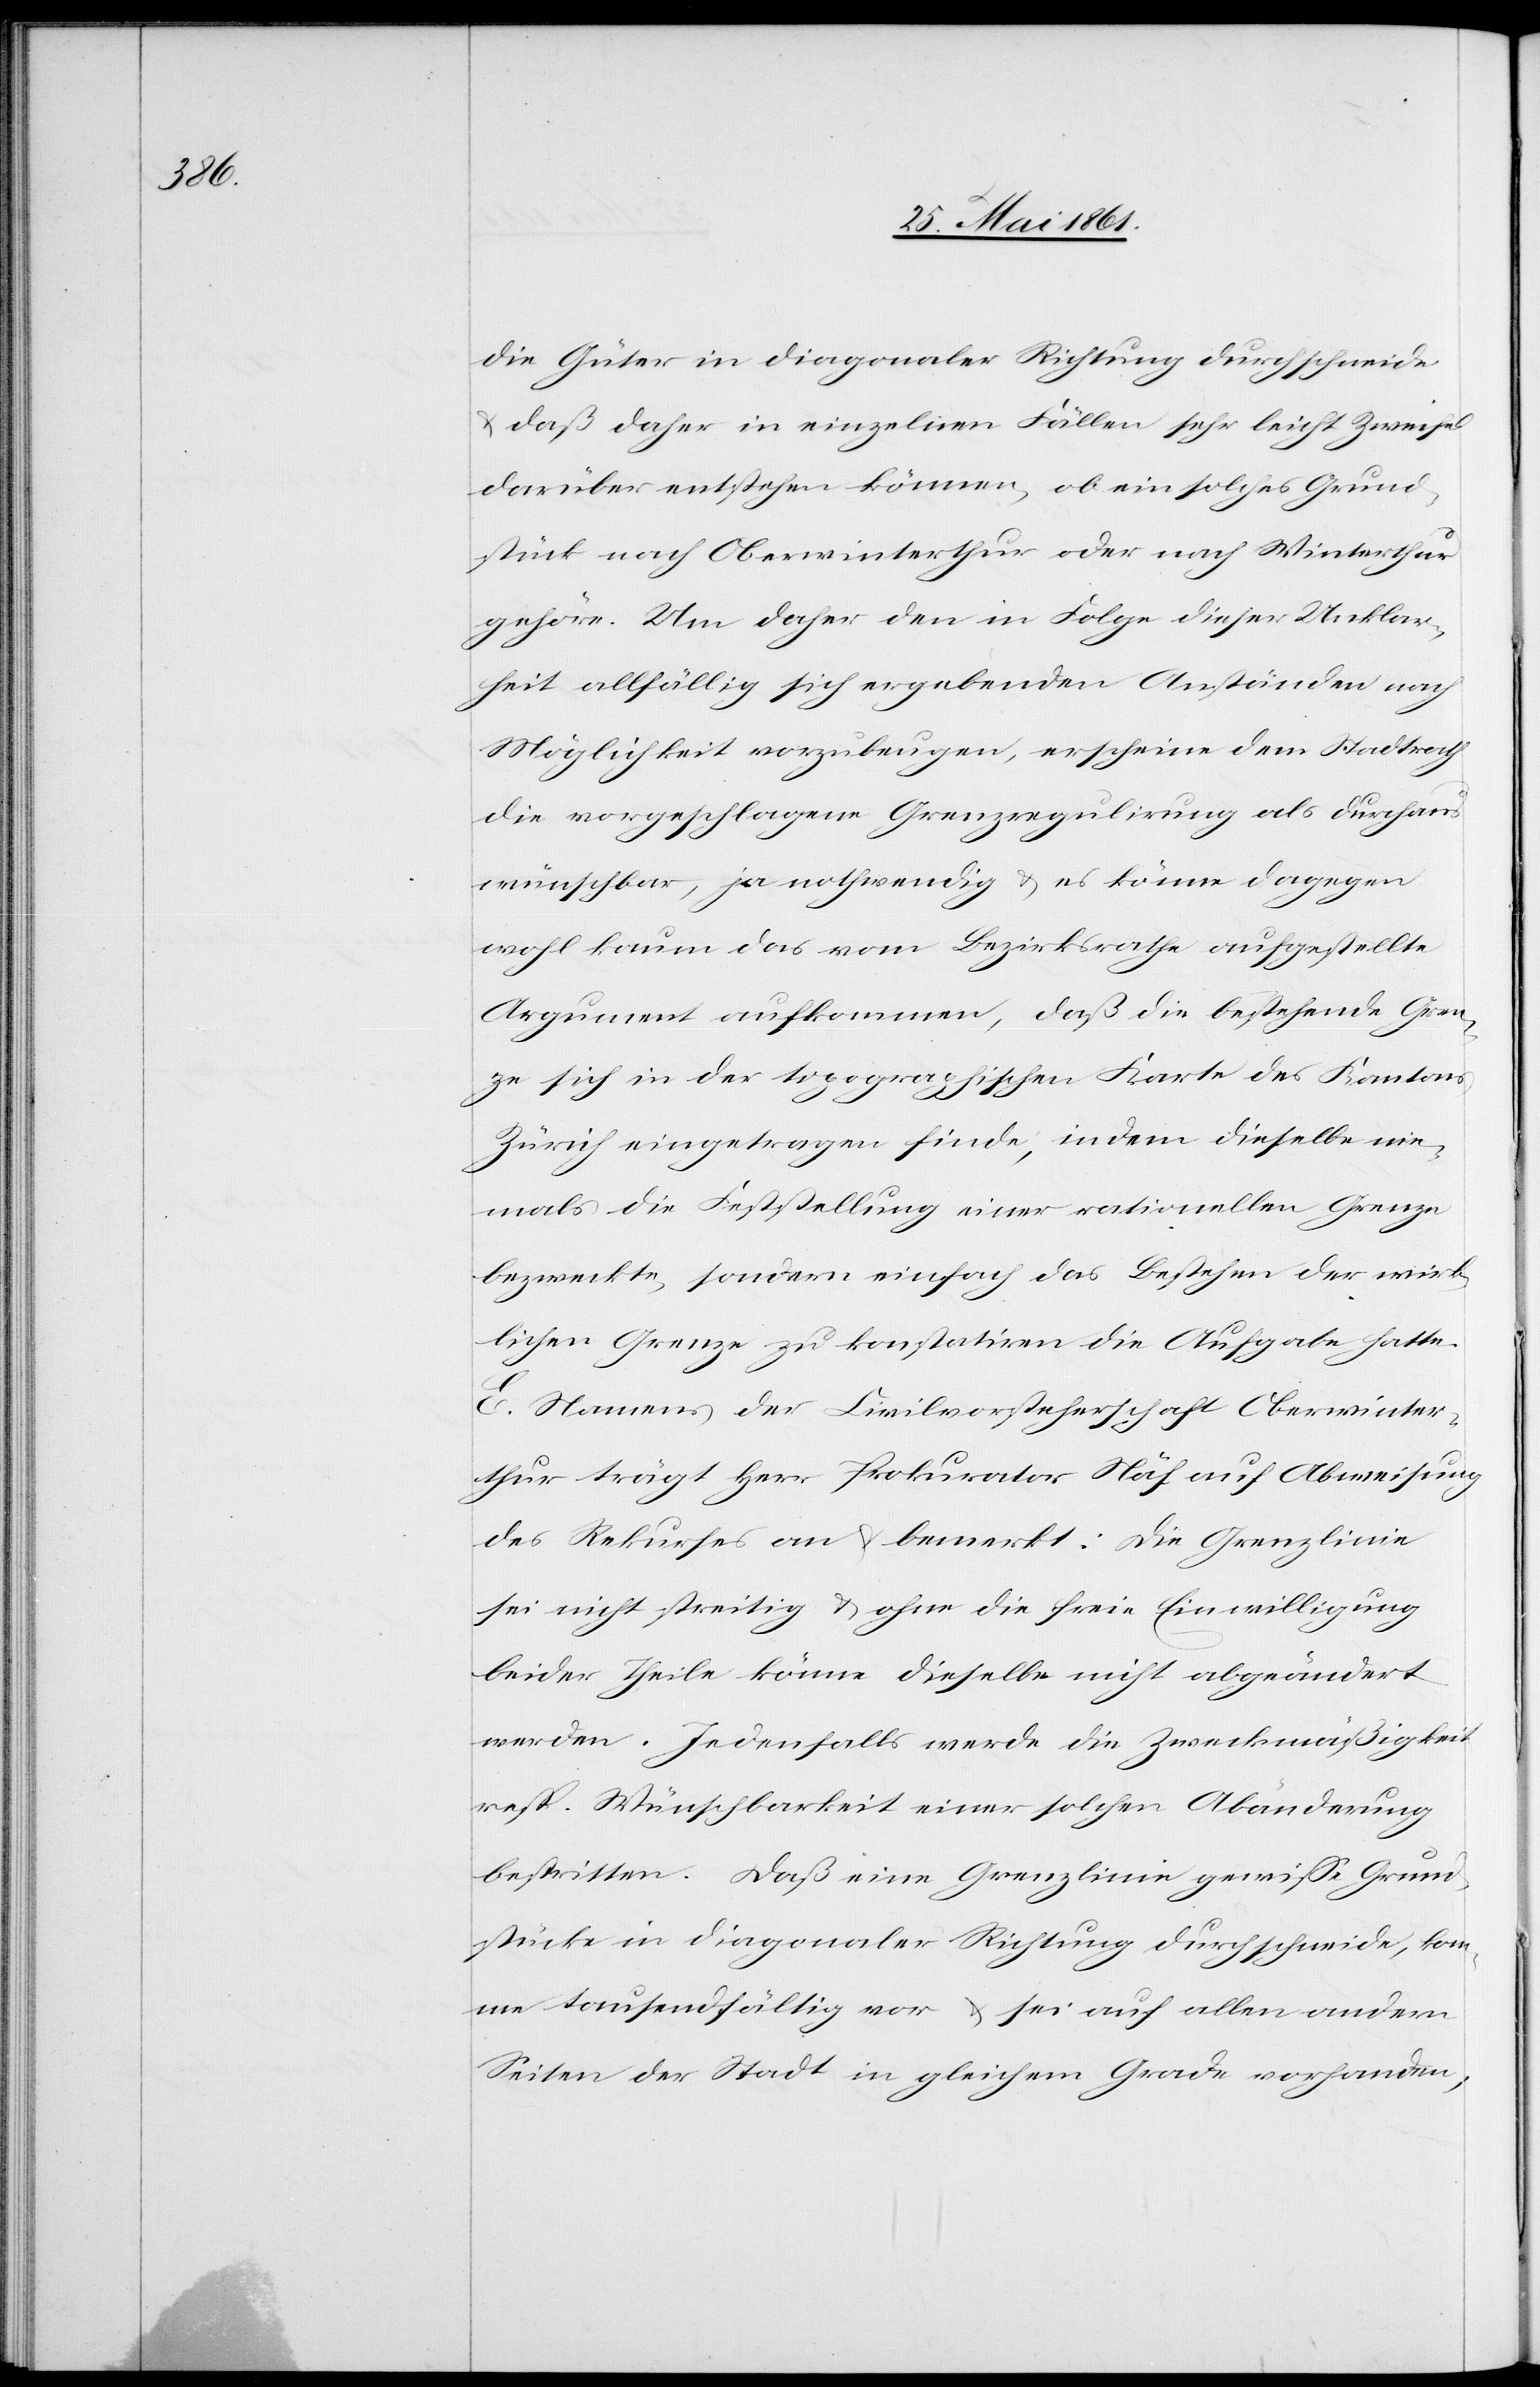
die Güter in diagonaler Richtung durchschneide
u. daß daher in einzelnen Fällen sehr leicht Zweifel
darüber entstehen könne, ob ein solches Grund¬
stück nach Oberwinterthur oder nach Winterthur
gehöre. Um daher den in Folge dieser Unklar¬
heit allfällig sich ergebenden Anständen nach
Möglichkeit vorzubeugen, erscheine dem Stadtrath
die vorgeschlagene Grenzregulirung als durchaus
wünschbar, ja nothwendig u. es könne dagegen
wohl kaum das vom Bezirksrathe aufgestellte
Argument aufkommen, daß die bestehende Gren¬
ischen Karte des Kantons
ze sich in der topograph¬
Zürich eingetragen finde, indem dieselbe nie¬
mals die Feststellung einer rationellen Grenze
bezweckte, sondern einfach das Bestehen der wirk¬
lichen Grenze zu konstatiren die Aufgabe hatte.
E. Namens der Civilvorsteherschaft Oberwinter¬
thur trägt Herr Prokurator Näf auf Abweisung
des Rekurses an u. bemerkt: Die Grenzlinie
sei nicht streitig u. ohne die freie Einwilligung
beider Theile könne dieselbe nicht abgeändert
werden. Jedenfalls werde die Zweckmäßigkeit
resp. Wünschbarkeit einer solchen Abänderung
bestritten. Daß eine Grenzlinie gewisse Grund¬
stücke in diagonaler Richtung durchschneide, kom¬
me tausendfältig vor, u. sei auf allen andern
Seiten der Stadt in gleichem Grade vorhanden,